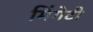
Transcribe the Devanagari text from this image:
मिंगेटी